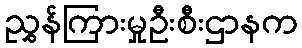
ညွှန်ကြားမှုဦးစီးဌာနက